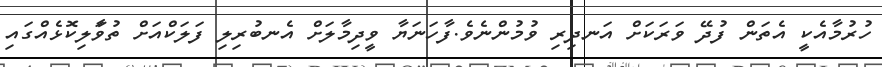
ހުރުމާއެކީ އެތަން ފުދޭ ވަރަކަށް އަނދިރި ވުމުންނެވެ.ފާހަނަޔާ ވީދިމާލަށް އެނބުރިލި ފަލަކްއަށް ތުވަާލިކޮޅެއްގައި